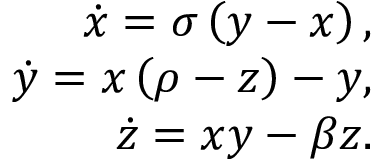
\begin{array} { r } { \dot { x } = \sigma \left( y - x \right) , } \\ { \dot { y } = x \left( \rho - z \right) - y , } \\ { \dot { z } = x y - \beta z . } \end{array}